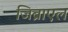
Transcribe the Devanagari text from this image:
जिब्राएल